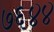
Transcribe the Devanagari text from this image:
७६४४